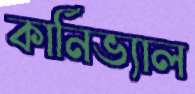
কার্নিভ্যাল